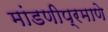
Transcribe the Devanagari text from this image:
मांडणीप्रमाणे